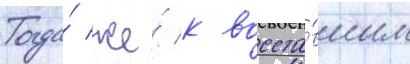
Тогда́ же́ к восста́вшим